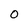
Character: 0